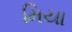
મિયા